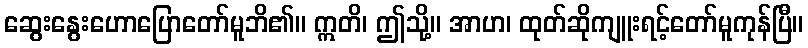
ဆွေးနွေးဟောပြောတော်မူဘိ၏။ ဣတိ၊ ဤသို့။ အာဟ၊ ထုတ်ဆိုကျူးရင့်တော်မူကုန်ပြီ။